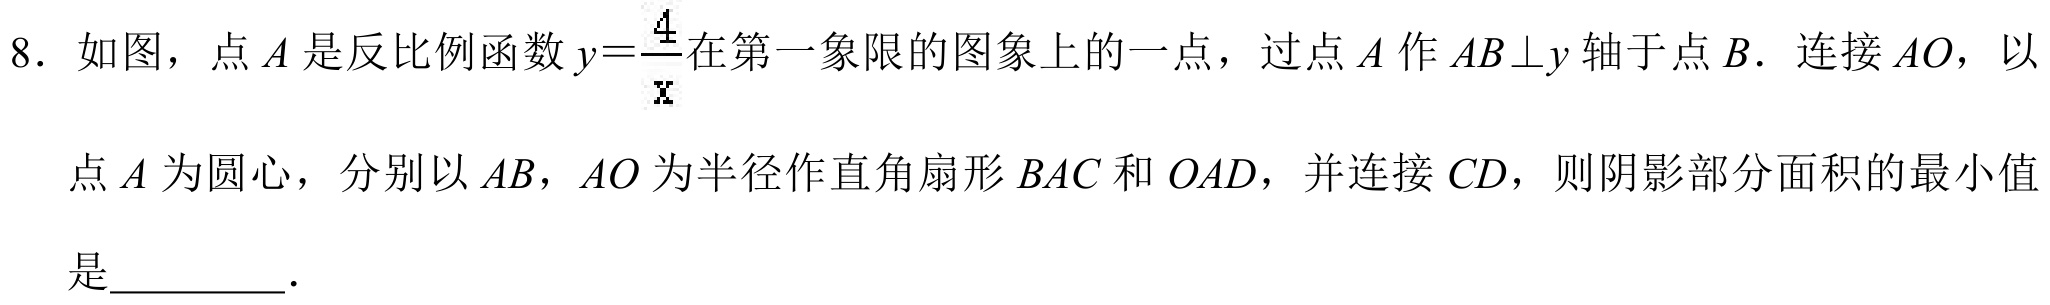
8. 如图，点 \(A\) 是反比例函数 \(y = \dfrac{4}{x}\) 在第一象限的图象上的一点，过点 \(A\) 作 \(AB\bot y\) 轴于点 \(B\). 连接 \(AO\)，以点 \(A\) 为圆心，分别以 \(AB\)，\(AO\) 为半径作直角扇形 \(BAC\) 和 \(OAD\)，并连接 \(CD\)，则阴影部分面积的最小值是________．